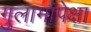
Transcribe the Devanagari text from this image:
गुलामांपेक्षा